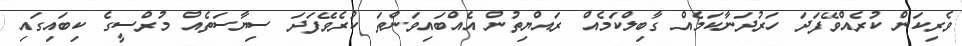
ވެރިކަން ކުރެއްވޭފަދަ ހަރުދަނާކަމެއް ގާބިލްކަމެއް ރައްޔިތުން އެއްބައިވަންތަ ކުރެވޭފަދަ ސިޔާސަތެއް މުރްސީގެ ކިބައިގައި